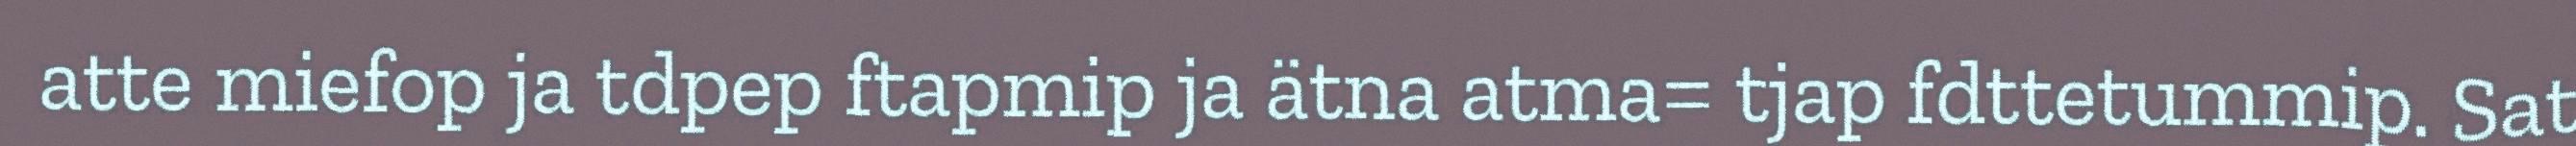
atte miefop ja tdpep ftapmip ja ätna atma= tjap fdttetummip. Sat